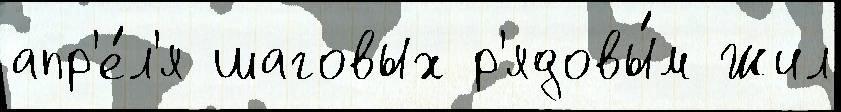
апр'е́л'я шаговых р'ядовы́м Жил